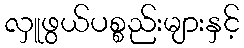
လှူဖွယ်ပစ္စည်းများနှင့်